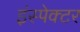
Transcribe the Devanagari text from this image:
इंस्‍पेक्‍टर